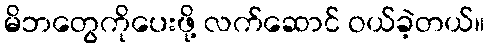
မိဘတွေကိုပေးဖို့ လက်ဆောင် ဝယ်ခဲ့တယ်။